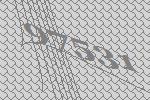
97531